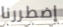
إضطررنا